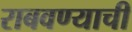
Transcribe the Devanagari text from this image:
राबवण्याची